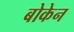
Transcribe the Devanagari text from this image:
बोकेन